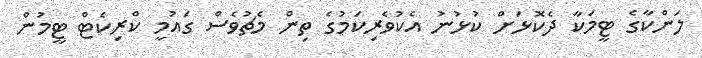
ލަންކާގެ ޓީމަކާ ދެކޮޅަށް ކުޅުނު އެކުވެރިކަމުގެ ތިން މެޗުވެސް ގައުމީ ކްރިކެޓް ޓީމުން